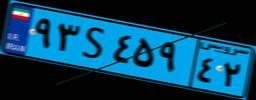
۹۳S۴۵۹۴۲